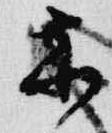
示